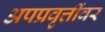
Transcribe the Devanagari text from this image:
अपप्रवृत्तींवर